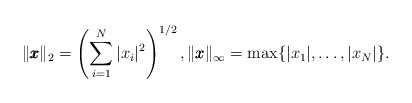
\begin{align*}\|\pmb{x}\|_2=\left(\sum_{i=1}^N|x_i|^2\right)^{1/2}, \|\pmb{x}\|_\infty=\max\{|x_1|,\ldots,|x_N|\}.\end{align*}